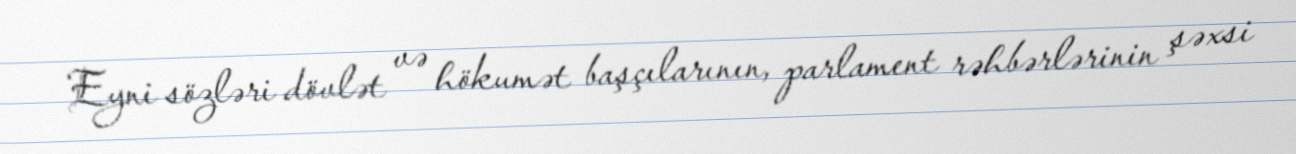
Eyni sözləri dövlət və hökumət başçılarının, parlament rəhbərlərinin şəxsi